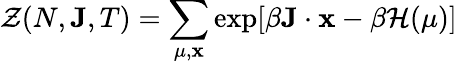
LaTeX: {\mathcal{Z}}(N,\mathbf{J},T)=\sum_{\mu,\mathbf{x}}\exp[\beta\mathbf{J}\cdot\mathbf{x}-\beta{\mathcal{H}}(\mu)]